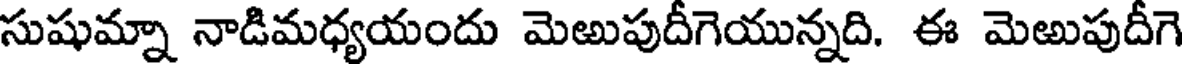
సుషుమ్నా నాడిమధ్యయందు మెఱుపుదీగెయున్నది. ఈ మెఱుపుదీగె